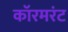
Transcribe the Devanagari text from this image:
कॉरमरंट